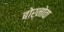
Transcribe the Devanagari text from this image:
बोर्नोवा